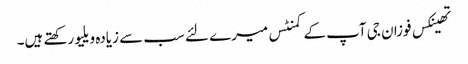
تھینکس فوزان جی آپ کے کمنٹس میرے لئے سب سے زیادہ ویلیو رکھتے ہیں۔